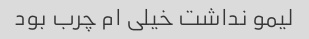
لیمو نداشت خیلی ام چرب بود